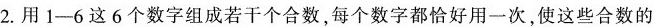
2.用1-6这6个数字组成若干个合数，每个数字都恰好用一次，使这些合数的